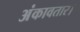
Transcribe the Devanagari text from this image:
अंकावतार।